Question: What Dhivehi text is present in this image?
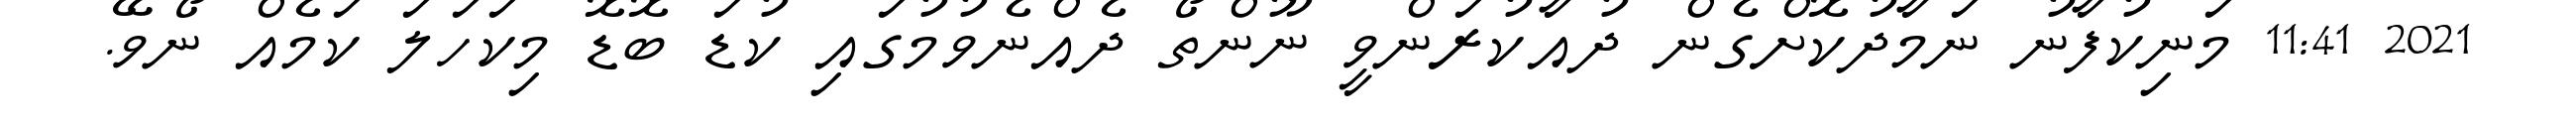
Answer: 2021 11:41 މަނިކުފާނު ނަމާދުކޮށްގެން ދުއާކުރަންވީ ނޫންތޯ ދެއްނެވުމުގައި ކުޑަ ބޮޑޮ މިކަހަލަ ކަމެއް ނޯވޭ.